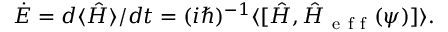
\dot { E } = d \langle \hat { H } \rangle / d t = ( i \hbar ) ^ { - 1 } \langle \lbrack \hat { H } , \hat { H } _ { \mathrm { ~ e ~ f ~ f ~ } } ( \psi ) ] \rangle .